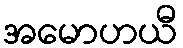
အမောဟယီ